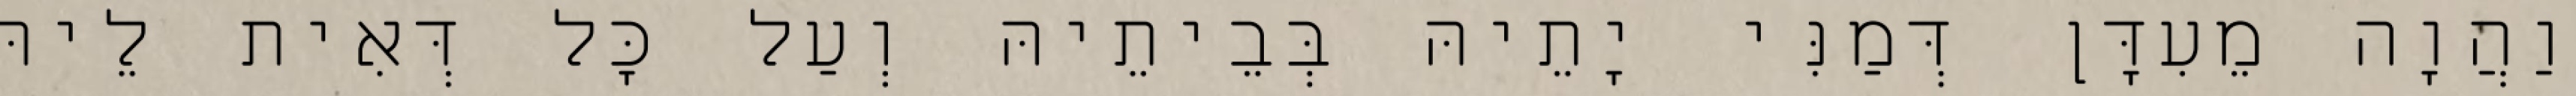
וַהֲוָה מֵעִדָּן דְּמַנִּי יָתֵיהּ בְּבֵיתֵיהּ וְעַל כָּל דְּאִית לֵיהּ